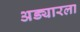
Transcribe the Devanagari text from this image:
अड्यारला